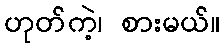
ဟုတ်ကဲ့၊ စားမယ်။